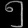
Digit: ၅